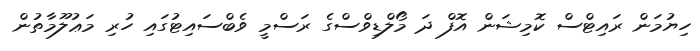
ހިޔުމަން ރައިޓްސް ކޮމިޝަން އޮފް ދަ މޯލްޑިވްސްގެ ރަސްމީ ވެބްސައިޓުގައި ހުރި މަޢުލޫމާތުން